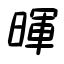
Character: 暉